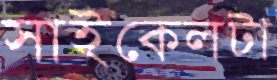
সাইকেলটা